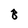
Character: B